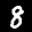
Label: 8